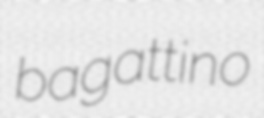
bagattino